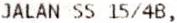
JALAN SS 15/4B,